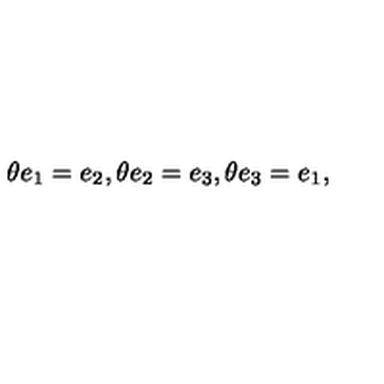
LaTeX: \theta e _ { 1 } = e _ { 2 } , \theta e _ { 2 } = e _ { 3 } , \theta e _ { 3 } = e _ { 1 } ,